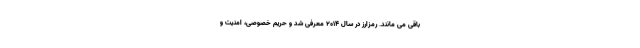
باقی می مانند. رمزارز در سال 2014 معرفی شد و حریم خصوصی، امنیت و